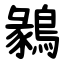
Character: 鶨